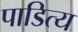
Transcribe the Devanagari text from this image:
पाडित्य